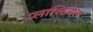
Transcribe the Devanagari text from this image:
प्लास्टिबेल